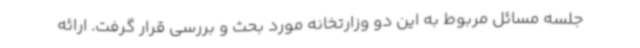
جلسه مسائل مربوط به این دو وزارتخانه مورد بحث و بررسی قرار گرفت. ارائه